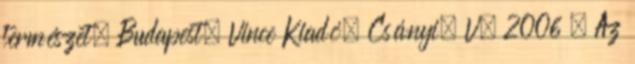
természet. Budapest, Vince Kiadó. Csányi, V. 2006 . Az